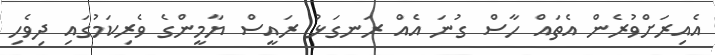
އެއިރަށްވުރެން އެތައް ހާސް ގުނަ އެއް ރަނގަޅު ރައީސް ޔާމީންގެ ވެރިކަމުގައި ދިވެހި